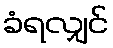
ခံရလျှင်